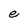
Character: e